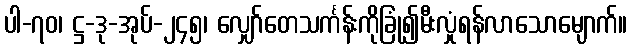
ပါ-၇၀၊ ဋ္ဌ-ဒု-အုပ်-၂၄၅၊ လျှော်တေသင်္ကန်းကိုခြုံ၍မီးလှုံရန်လာသောမျောက်။